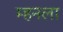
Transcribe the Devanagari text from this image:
म्हनला